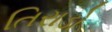
તિરાડો